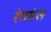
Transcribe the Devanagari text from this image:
रंगमंस